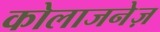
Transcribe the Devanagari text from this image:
कोलाजनेज़